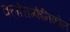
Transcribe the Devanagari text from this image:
क्लोराम्फेनिकोल